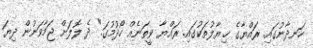
ހަނދާނުގައި. ރައްޔާގެ ޚިޔާލުތަކުގައި. ރައްޔާ ވީތަނެއް ހޯދުމުގަ." ދެ ލޮލަށް ޖަމާވަނުން ދިޔަ